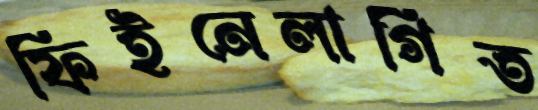
ফিইনেলাগিত